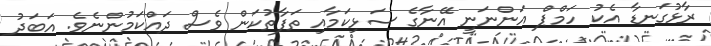
ރާޅުގަނޑާ އެކު ހަމްޕް އަންނަނީ އޭނާގެ ސަޅިކަމާއި ތަފާތުކަން ވެސް ދައްކަމުންނެވެ. އަބަދު